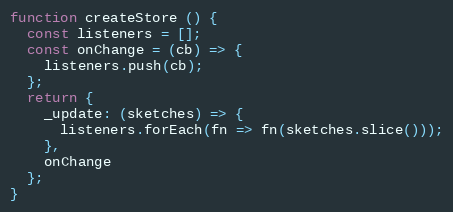
Language: JavaScript
function createStore () {
  const listeners = [];
  const onChange = (cb) => {
    listeners.push(cb);
  };
  return {
    _update: (sketches) => {
      listeners.forEach(fn => fn(sketches.slice()));
    },
    onChange
  };
}